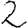
Digit: 2